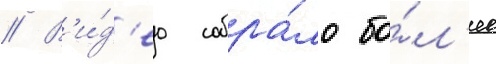
// В'и́д'ео собра́ло бо́л'ее